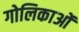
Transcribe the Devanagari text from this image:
गोलिकाओं